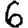
Digit: 6